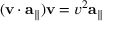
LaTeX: ( \mathbf { v } \cdot \mathbf { a } _ { \parallel } ) \mathbf { v } = v ^ { 2 } \mathbf { a } _ { \parallel }